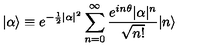
| \alpha \rangle \equiv e ^ { - \frac { 1 } { 2 } | \alpha | ^ { 2 } } \sum _ { n = 0 } ^ { \infty } \frac { e ^ { i n \theta } | \alpha | ^ { n } } { \sqrt { n ! } } | n \rangle